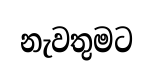
නැවතුමට